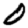
Digit: 0